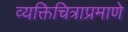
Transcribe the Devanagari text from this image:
व्यक्तिचित्राप्रमाणे